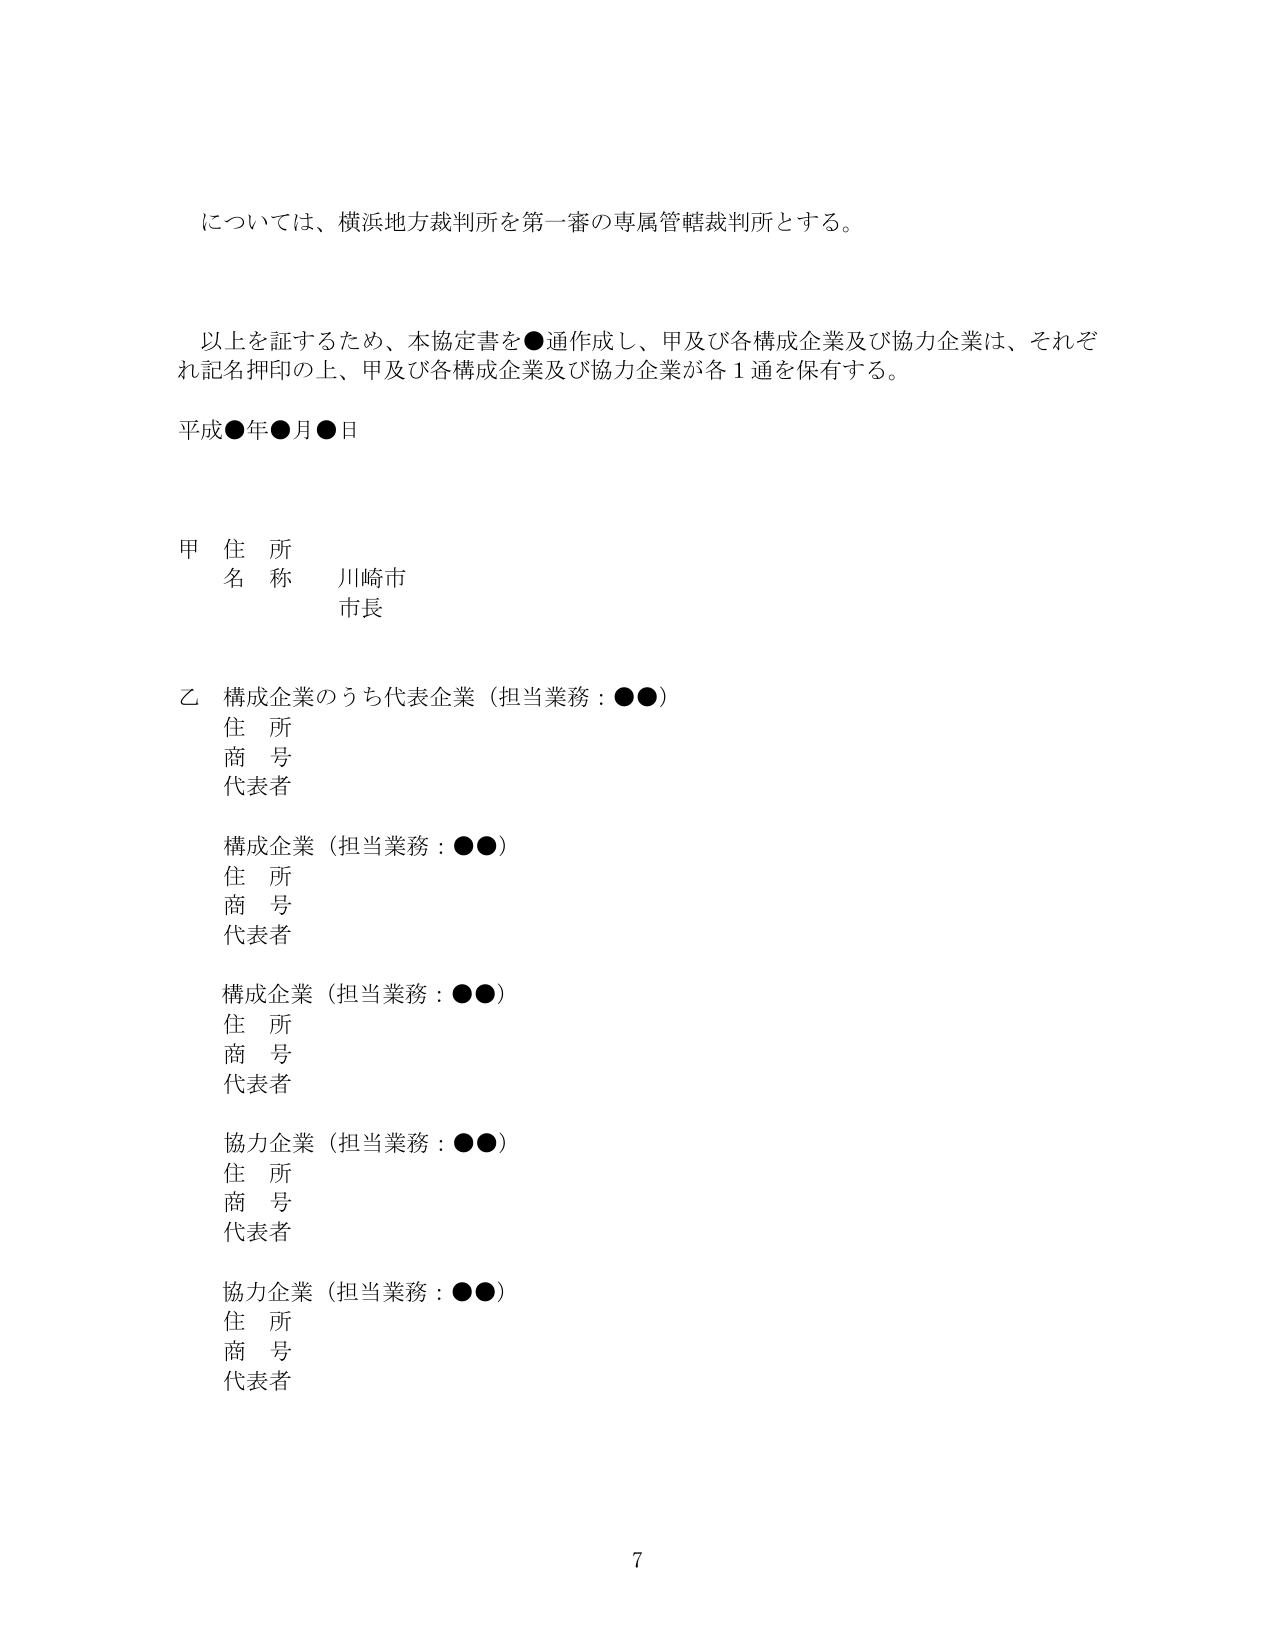
について、横浜地方裁判所を第一審の専属管轄裁判所とする。

以上を証するため、本協定書を●通作成し、甲及び各構成企業及び協力企業は、それぞれ記名押印の上、甲及び各構成企業及び協力企業が各1通を保有する。

平成●年●月●日

甲 住所
　名称　川崎市
　　　　市長

乙 構成企業のうち代表企業（担当業務：●●）
　住所
　商号
　代表者

構成企業（担当業務：●●）
　住所
　商号
　代表者

構成企業（担当業務：●●）
　住所
　商号
　代表者

協力企業（担当業務：●●）
　住所
　商号
　代表者

協力企業（担当業務：●●）
　住所
　商号
　代表者

7